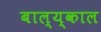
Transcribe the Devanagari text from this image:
बाल्य्काल